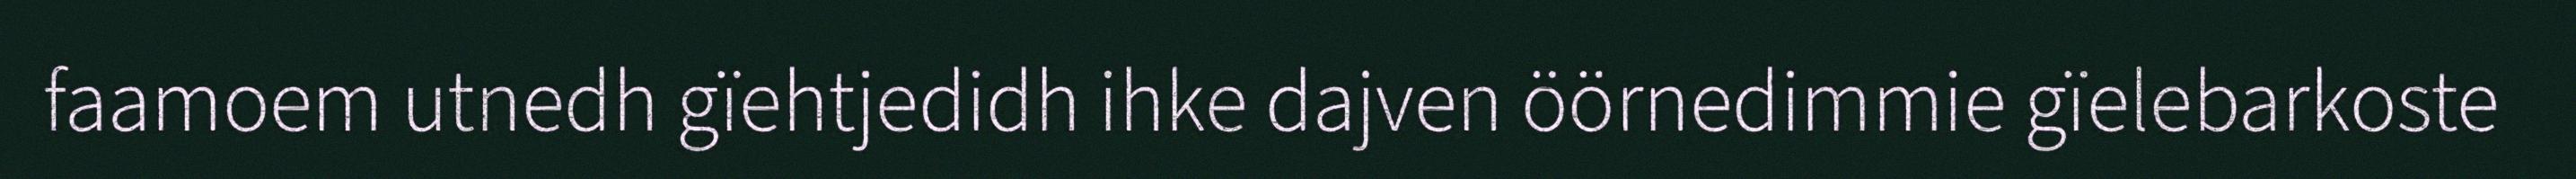
faamoem utnedh gïehtjedidh ihke dajven öörnedimmie gïelebarkoste